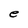
Character: e